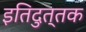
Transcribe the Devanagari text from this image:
इतिदुत्तक